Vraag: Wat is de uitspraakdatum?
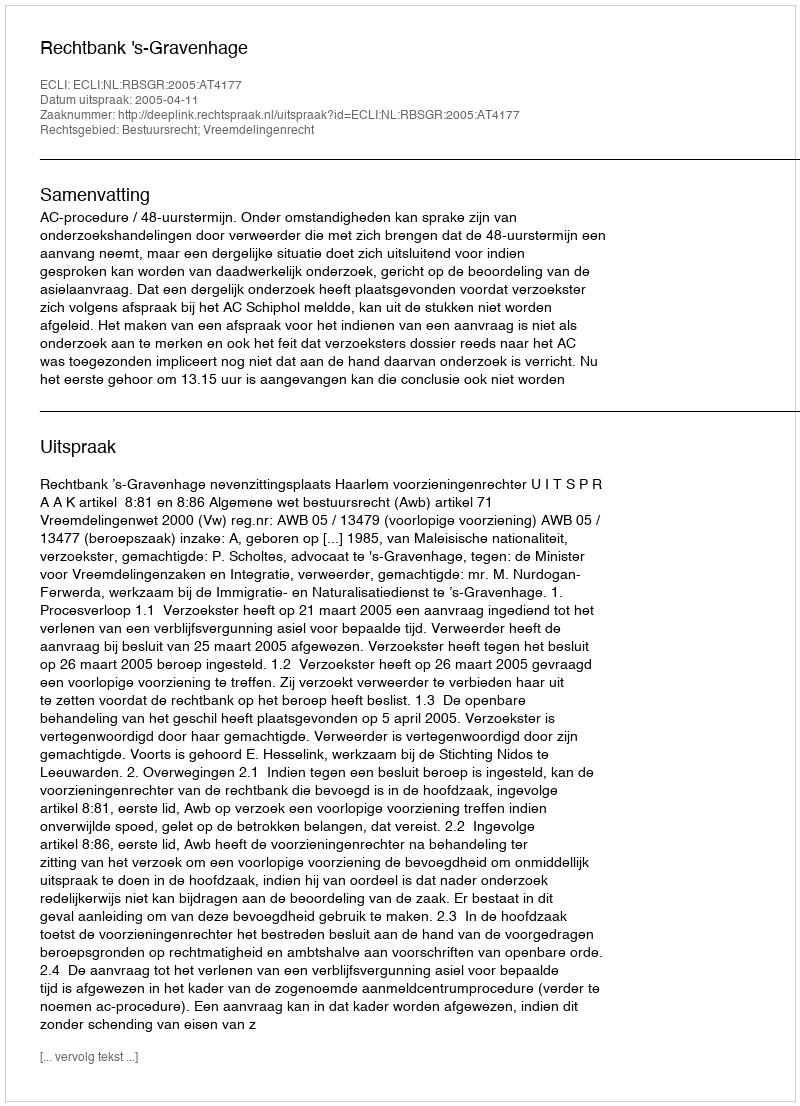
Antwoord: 2005-04-11